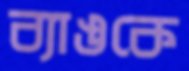
ব্যাঙকে